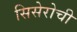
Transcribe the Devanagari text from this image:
सिसेरोची